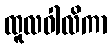
ထူလဝါလိကာ